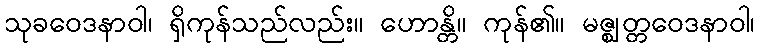
သုခဝေဒနာဝါ၊ ရှိကုန်သည်လည်း။ ဟောန္တိ။ ကုန်၏။ မဇ္ဈတ္တဝေဒနာဝါ၊